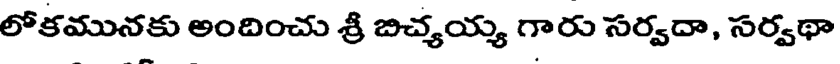
లోకమునకు అందించు శ్రీ బిచ్యయ్య గారు సర్వదా, సర్వథా